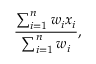
{ \frac { \sum _ { i = 1 } ^ { n } w _ { i } { \boldsymbol { x } } _ { i } } { \sum _ { i = 1 } ^ { n } w _ { i } } } ,